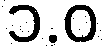
၁.ဝ